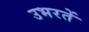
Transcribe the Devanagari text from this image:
उभरतें